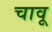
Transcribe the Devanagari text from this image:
चावू